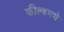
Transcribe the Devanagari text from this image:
फील्डमधे